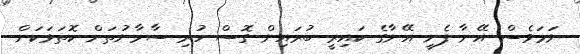
ނަމަވެސް އޭނާ ފެށީ އޭނާގެ ކައިރީ ބުރައިން ގޮސް ހުރި ސާމާނުތަށް ކޮތަޅަކަށް